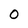
Character: O